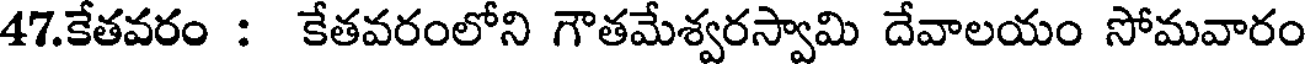
47.కేతవరం : కేతవరంలోని గౌతమేశ్వరస్వామి దేవాలయం సోమవారం